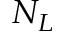
N _ { L }